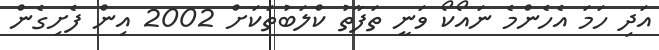
އަދި ހަމަ އެހެންމެ ނައޯކޯ ވަނީ ތަފާތު ކްލަބުތަކަށް 2002 އިން ފެށިގެން